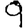
Digit: 9